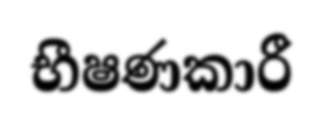
භීෂණකාරී